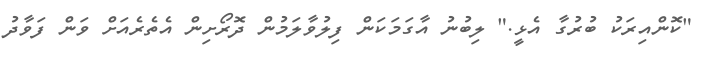
"ކޮންއިރަކު ބުރުގާ އެޅީ." ލިބުނު އާގަމަކަން ފިލުވާލަމުން ދޮރޯށިން އެތެރެއަށް ވަން ފަވާދު